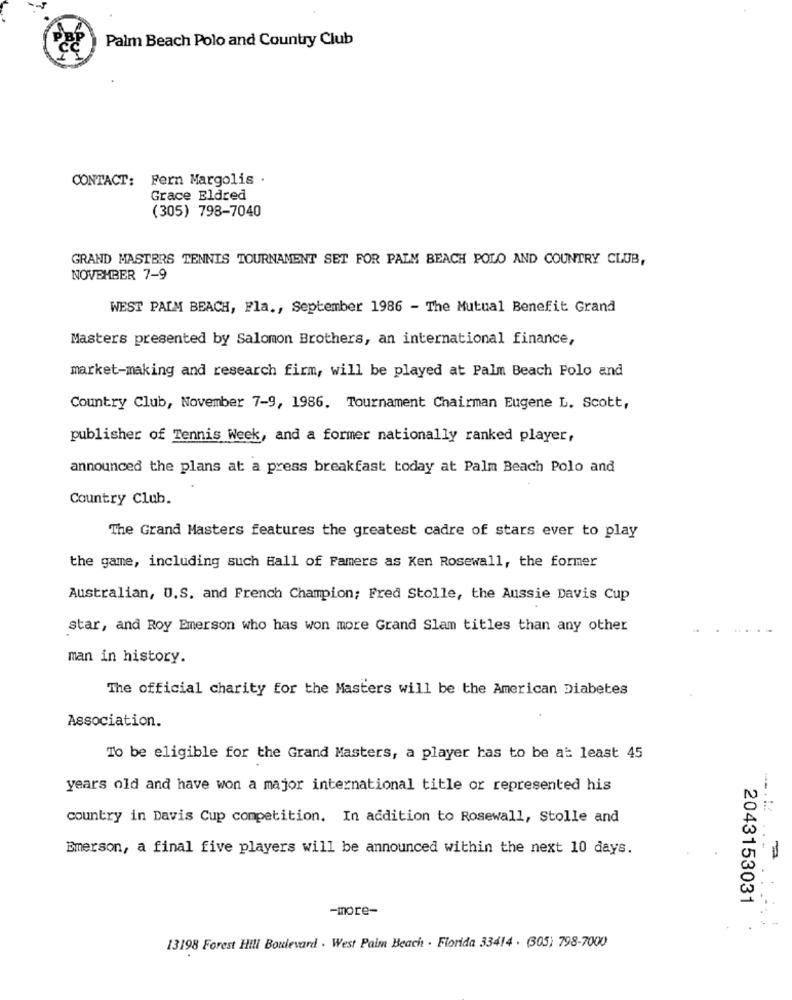
PBP
Palm Beach Polo and Country Club
CONTACT: Fern Margolis .
Grace Eldred
(305) 798-7040
GRAND MASTERS TENNIS TOURNAMENT SET FOR PALM BEACH POLO AND COUNTRY CLUB,
NOVEMBER 7-9
WEST PALM BEACH, Fla ., September 1986 - The Mutual Benefit Grand
Masters presented by Salomon Brothers, an international finance,
market-making and research firm, will be played at Palm Beach Folo and
Country Club, November 7-9, 1986. Tournament Chairman Eugene L. Scott,
publisher of Tennis Week, and a former nationally ranked player,
announced the plans at a press breakfast today at Palm Beach Polo and
Country Club.
The Grand Masters features the greatest cadre of stars ever to play
the game, including such Hall of Famers as Ken Rosewall, the former
Australian, U.S. and French Champion; Fred Stolle, the Aussie Davis Cup
star, and Roy Emerson who has won more Grand Slam titles than any other
man in history.
The official charity for the Masters will be the American Diabetes
Association.
To be eligible for the Grand Masters, a player has to be at least 45
years old and have won a major international title or represented his
country in Davis Cup competition. In addition to Rosewall, Stolle and
Emerson, a final five players will be announced within the next 10 days.
2043153031
-more-
13198 Forest Hill Boulevard . West Palm Beach . Florida 33414 . (305) 798-7000